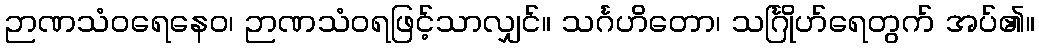
ဉာဏသံဝရေနေဝ၊ ဉာဏသံဝရဖြင့်သာလျှင်။ သင်္ဂဟိတော၊ သင်္ဂြိုဟ်ရေတွက် အပ်၏။